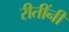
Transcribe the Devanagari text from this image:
रीतींनी